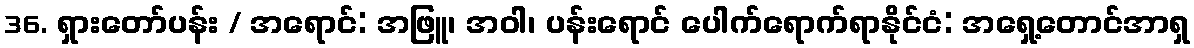
36. ရှားတော်ပန်း / အရောင်: အဖြူ၊ အဝါ၊ ပန်းရောင် ပေါက်ရောက်ရာနိုင်ငံ: အရှေ့တောင်အာရှ